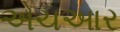
એચઆર